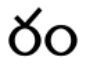
రం